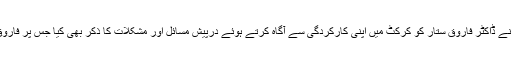
قبل ازیں ملاقات کے دوران اسلامیہ کالج کرکٹ ٹیم پشاور کے وفد نے ڈاکٹر فاروق ستار کو کرکٹ میں اپنی کارکردگی سے آگاہ کرتے ہوئے درپیش مسائل اور مشکلات کا ذکر بھی کیا جس پر فاروق ستار نے مفید مشورے دیے اور اپنے بھرپور تعاون کا یقین دلایا۔